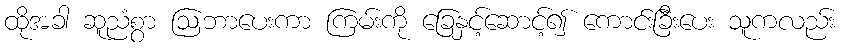
ထိုအခါ ဆူညံစွာ ဩဘာပေးကာ ကြမ်းကို ခြေနှင့်ဆောင့်၍ ကောင်းခြီးပေး သူကလည်း